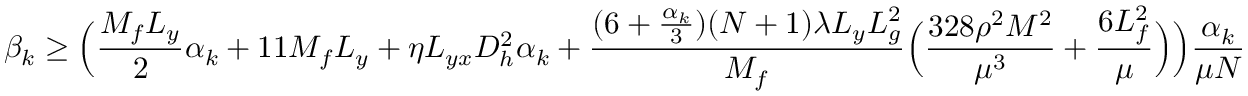
\beta _ { k } \geq \Big ( \frac { M _ { f } L _ { y } } { 2 } \alpha _ { k } + 1 1 M _ { f } L _ { y } + \eta L _ { y x } D _ { h } ^ { 2 } \alpha _ { k } + \frac { ( 6 + \frac { \alpha _ { k } } { 3 } ) ( N + 1 ) \lambda L _ { y } L _ { g } ^ { 2 } } { M _ { f } } \Big ( \frac { 3 2 8 \rho ^ { 2 } M ^ { 2 } } { \mu ^ { 3 } } + \frac { 6 L _ { f } ^ { 2 } } { \mu } \Big ) \Big ) \frac { \alpha _ { k } } { \mu N }